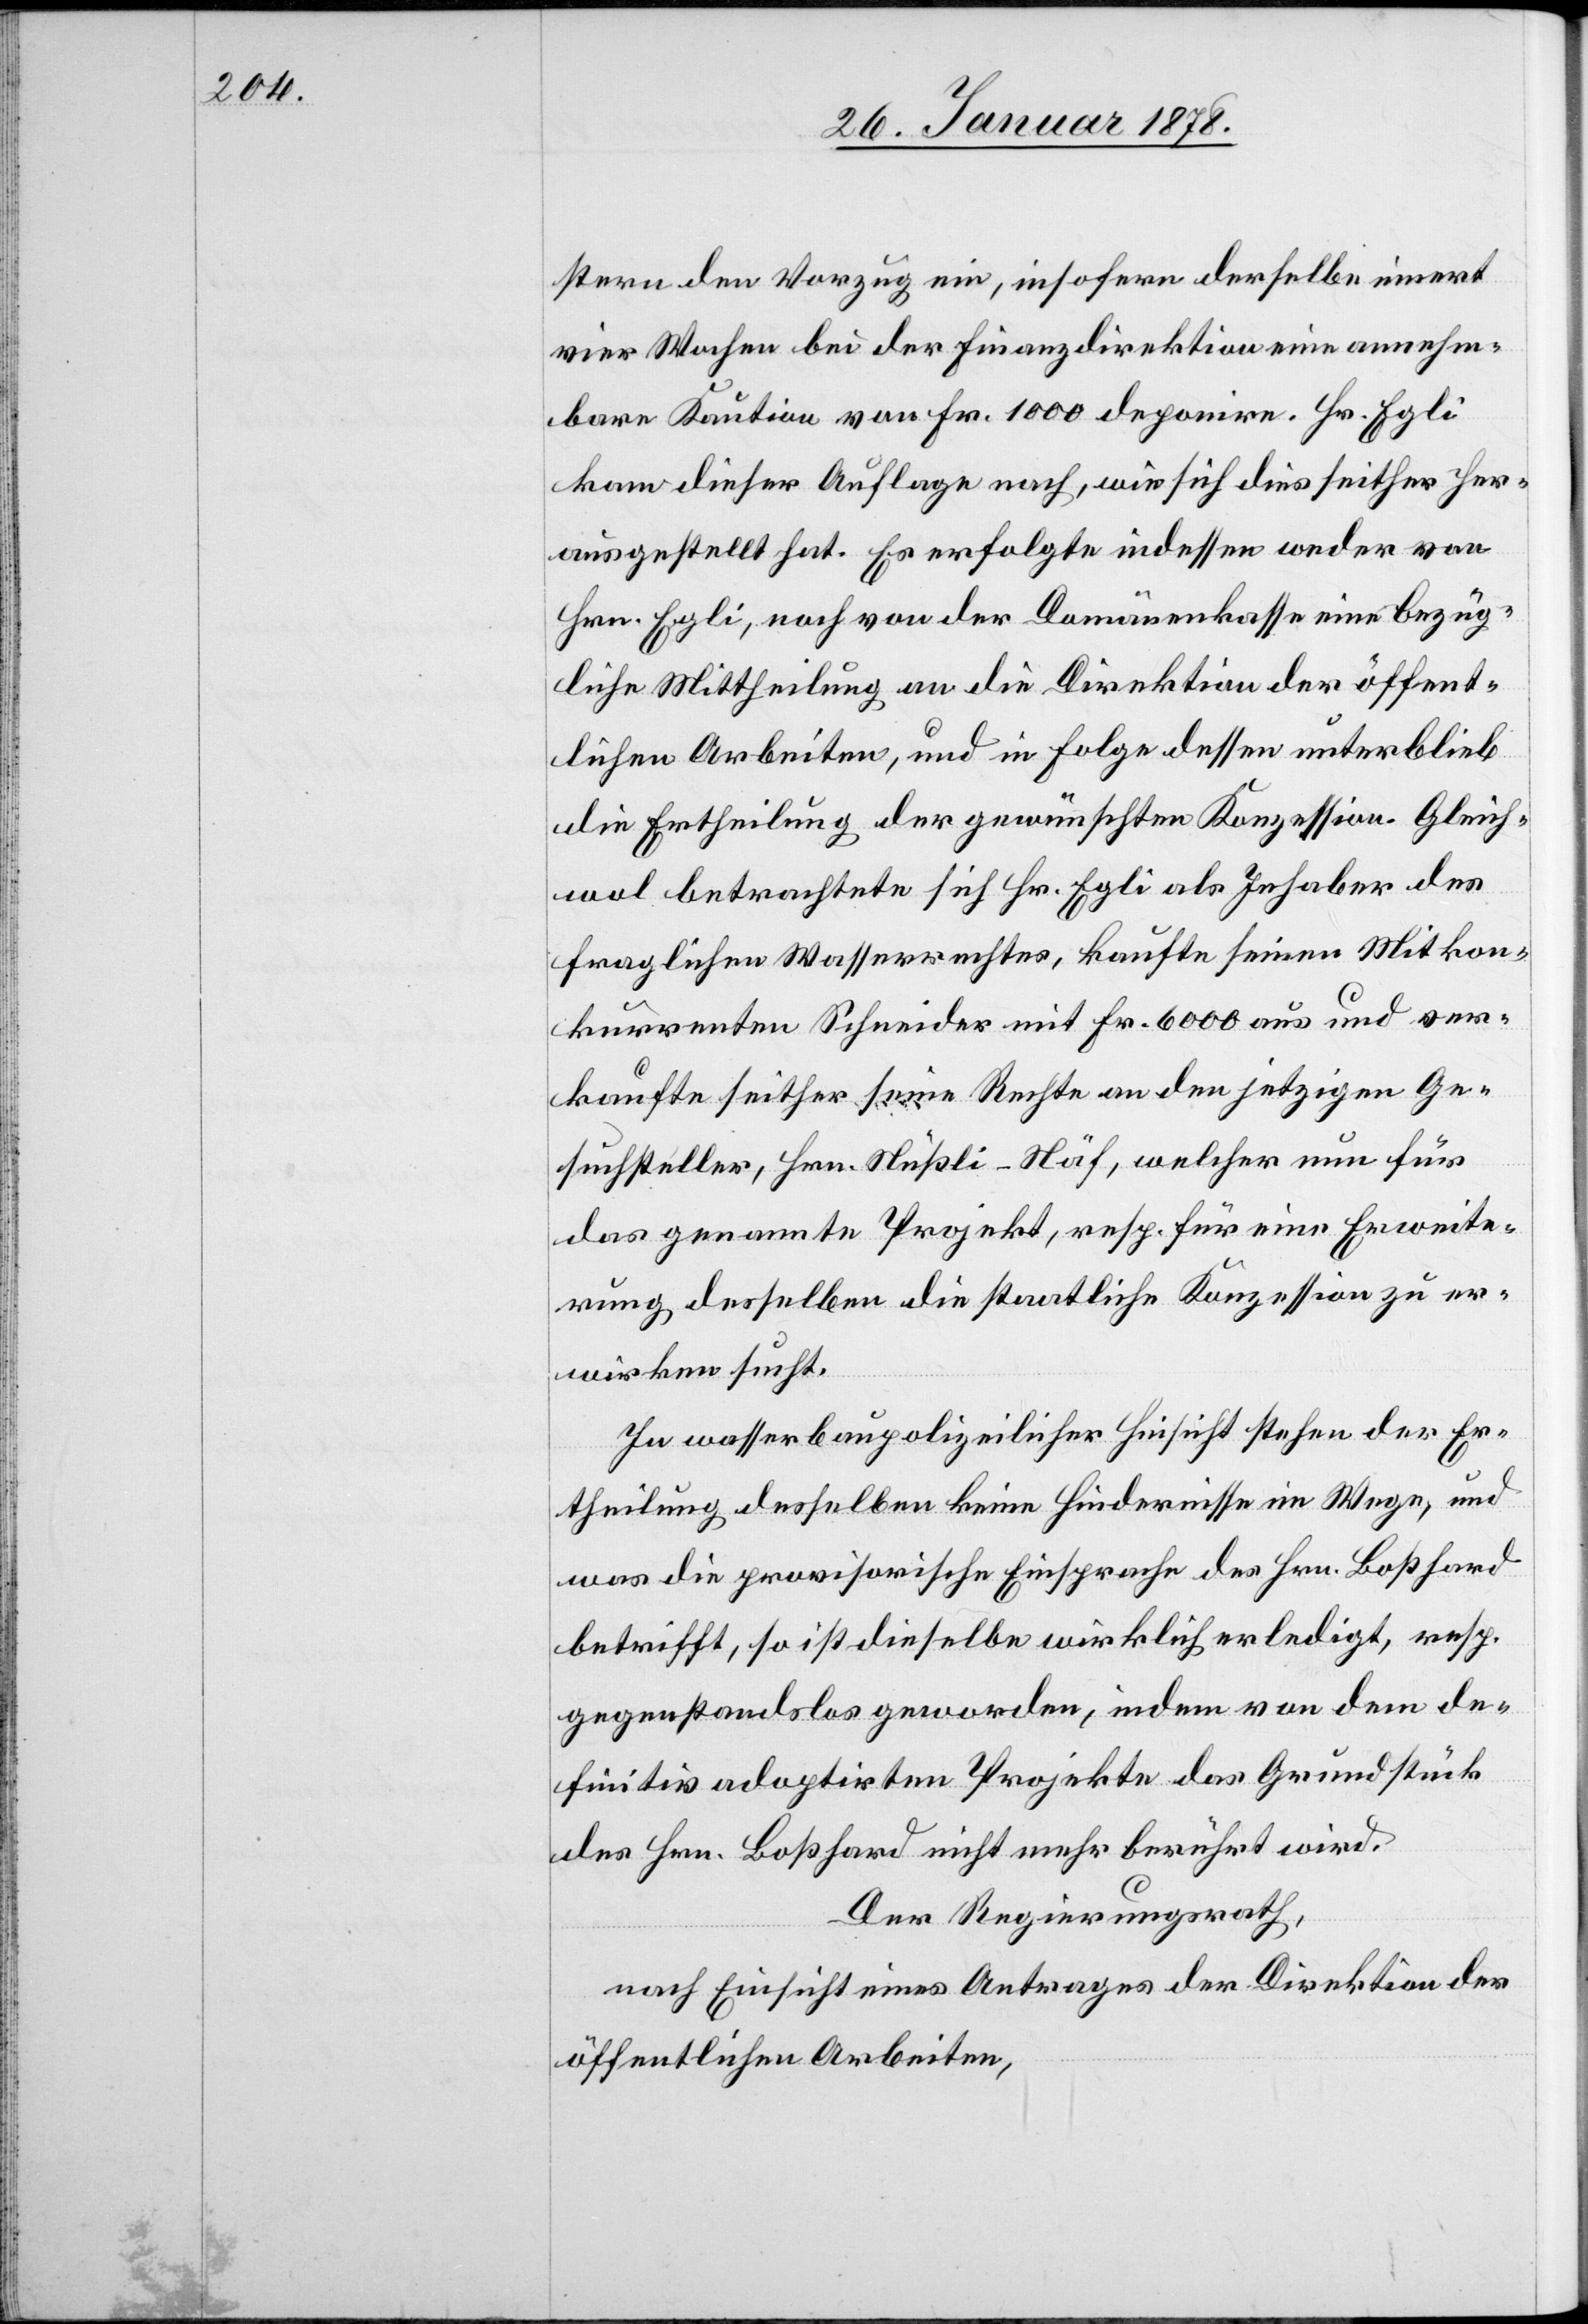
stern den Vorzug ein, insofern derselbe innert
vier Wochen bei der Finanzdirektion annehm¬
bare Kaution von Fr. 1000 deponire. Hr. Egli
kam dieser Auflage nach, wie sich dies seither her¬
ausgestellt hat. Es erfolgte indessen weder von
Hrn. Egli, noch von der Domänenkasse eine bezüg¬
liche Mittheilung an die Direktion der öffent¬
lichen Arbeiten, und in Folge dessen unterblieb
die Ertheilung der gewünschten Konzession. Gleich¬
wol betrachtete sich Hr. Egli als Inhaber des
fraglichen Wasserrechtes, kaufte seinen Mitkon¬
kurrenten Schneider mit Fr. 6000 aus und ver¬
kaufte seither seine Rechte an den jetzigen Ge¬
suchsteller, Hrn. Nüßli-Näf, welcher nun für
das genannte Projekt, resp. für eine Erweite¬
rung desselben die staatliche Konzession zu er¬
wirken sucht.
In wasserbaupolizeilicher Hinsicht stehen der Er¬
theilung desselben keine Hindernisse im Wege, und
was die provisorische Einsprache des Hrn. Boßhard
betrifft, so ist dieselbe wirklich erledigt, resp.
gegenstandslos geworden, indem von dem de¬
finitiv adoptirten Projekte das Grundstück
des Hrn. Boßhard nicht mehr berührt wird.
Der Regierungsrath,
nach Einsicht eines Antrages der Direktion der
öffentlichen Arbeiten,